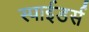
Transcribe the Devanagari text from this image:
स्पाईडर्स